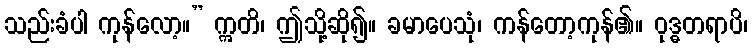
သည်းခံပါ ကုန်လော့။” ဣတိ၊ ဤသို့ဆို၍။ ခမာပေသုံ၊ ကန်တော့ကုန်၏။ ဝုဒ္ဓတရာပိ၊